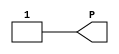

// See Xilinx UG953 and UG474 for a description of the cell types below.
// http://www.xilinx.com/support/documentation/user_guides/ug474_7Series_CLB.pdf
// http://www.xilinx.com/support/documentation/sw_manuals/xilinx2014_4/ug953-vivado-7series-libraries.pdf

module VCC(output P);
  assign P = 1;
endmodule

module GND(output G);
  assign G = 0;
endmodule

module IBUF(output O, input I);
  assign O = I;
endmodule

module OBUF(output O, input I);
  assign O = I;
endmodule

module BUFG(output O, input I);
  assign O = I;
endmodule

// module OBUFT(output O, input I, T);
//   assign O = T ? 1'bz : I;
// endmodule

// module IOBUF(inout IO, output O, input I, T);
//   assign O = IO, IO = T ? 1'bz : I;
// endmodule

module INV(output O, input I);
  assign O = !I;
endmodule

module LUT1(output O, input I0);
  parameter [1:0] INIT = 0;
  assign O = I0 ? INIT[1] : INIT[0];
endmodule

module LUT2(output O, input I0, I1);
  parameter [3:0] INIT = 0;
  wire [ 1: 0] s1 = I1 ? INIT[ 3: 2] : INIT[ 1: 0];
  assign O = I0 ? s1[1] : s1[0];
endmodule

module LUT3(output O, input I0, I1, I2);
  parameter [7:0] INIT = 0;
  wire [ 3: 0] s2 = I2 ? INIT[ 7: 4] : INIT[ 3: 0];
  wire [ 1: 0] s1 = I1 ?   s2[ 3: 2] :   s2[ 1: 0];
  assign O = I0 ? s1[1] : s1[0];
endmodule

module LUT4(output O, input I0, I1, I2, I3);
  parameter [15:0] INIT = 0;
  wire [ 7: 0] s3 = I3 ? INIT[15: 8] : INIT[ 7: 0];
  wire [ 3: 0] s2 = I2 ?   s3[ 7: 4] :   s3[ 3: 0];
  wire [ 1: 0] s1 = I1 ?   s2[ 3: 2] :   s2[ 1: 0];
  assign O = I0 ? s1[1] : s1[0];
endmodule

module LUT5(output O, input I0, I1, I2, I3, I4);
  parameter [31:0] INIT = 0;
  wire [15: 0] s4 = I4 ? INIT[31:16] : INIT[15: 0];
  wire [ 7: 0] s3 = I3 ?   s4[15: 8] :   s4[ 7: 0];
  wire [ 3: 0] s2 = I2 ?   s3[ 7: 4] :   s3[ 3: 0];
  wire [ 1: 0] s1 = I1 ?   s2[ 3: 2] :   s2[ 1: 0];
  assign O = I0 ? s1[1] : s1[0];
endmodule

module LUT6(output O, input I0, I1, I2, I3, I4, I5);
  parameter [63:0] INIT = 0;
  wire [31: 0] s5 = I5 ? INIT[63:32] : INIT[31: 0];
  wire [15: 0] s4 = I4 ?   s5[31:16] :   s5[15: 0];
  wire [ 7: 0] s3 = I3 ?   s4[15: 8] :   s4[ 7: 0];
  wire [ 3: 0] s2 = I2 ?   s3[ 7: 4] :   s3[ 3: 0];
  wire [ 1: 0] s1 = I1 ?   s2[ 3: 2] :   s2[ 1: 0];
  assign O = I0 ? s1[1] : s1[0];
endmodule

module MUXCY(output O, input CI, DI, S);
  assign O = S ? CI : DI;
endmodule

module MUXF7(output O, input I0, I1, S);
  assign O = S ? I1 : I0;
endmodule

module MUXF8(output O, input I0, I1, S);
  assign O = S ? I1 : I0;
endmodule

module XORCY(output O, input CI, LI);
  assign O = CI ^ LI;
endmodule

module CARRY4(output [3:0] CO, O, input CI, CYINIT, input [3:0] DI, S);
  assign O = S ^ {CO[2:0], CI | CYINIT};
  assign CO[0] = S[0] ? CI | CYINIT : DI[0];
  assign CO[1] = S[1] ? CO[0] : DI[1];
  assign CO[2] = S[2] ? CO[1] : DI[2];
  assign CO[3] = S[3] ? CO[2] : DI[3];
endmodule

module FDRE (output reg Q, input C, CE, D, R);
  parameter [0:0] INIT = 1'b0;
  parameter [0:0] IS_C_INVERTED = 1'b0;
  parameter [0:0] IS_D_INVERTED = 1'b0;
  parameter [0:0] IS_R_INVERTED = 1'b0;
  initial Q <= INIT;
  generate case (|IS_C_INVERTED)
    1'b0: always @(posedge C) if (R == !IS_R_INVERTED) Q <= 1'b0; else if (CE) Q <= D ^ IS_D_INVERTED;
    1'b1: always @(negedge C) if (R == !IS_R_INVERTED) Q <= 1'b0; else if (CE) Q <= D ^ IS_D_INVERTED;
  endcase endgenerate
endmodule

module FDSE (output reg Q, input C, CE, D, S);
  parameter [0:0] INIT = 1'b0;
  parameter [0:0] IS_C_INVERTED = 1'b0;
  parameter [0:0] IS_D_INVERTED = 1'b0;
  parameter [0:0] IS_S_INVERTED = 1'b0;
  initial Q <= INIT;
  generate case (|IS_C_INVERTED)
    1'b0: always @(posedge C) if (S == !IS_S_INVERTED) Q <= 1'b1; else if (CE) Q <= D ^ IS_D_INVERTED;
    1'b1: always @(negedge C) if (S == !IS_S_INVERTED) Q <= 1'b1; else if (CE) Q <= D ^ IS_D_INVERTED;
  endcase endgenerate
endmodule

module FDCE (output reg Q, input C, CE, D, CLR);
  parameter [0:0] INIT = 1'b0;
  parameter [0:0] IS_C_INVERTED = 1'b0;
  parameter [0:0] IS_D_INVERTED = 1'b0;
  parameter [0:0] IS_CLR_INVERTED = 1'b0;
  initial Q <= INIT;
  generate case ({|IS_C_INVERTED, |IS_CLR_INVERTED})
    2'b00: always @(posedge C, posedge CLR) if ( CLR) Q <= 1'b0; else if (CE) Q <= D ^ IS_D_INVERTED;
    2'b01: always @(posedge C, negedge CLR) if (!CLR) Q <= 1'b0; else if (CE) Q <= D ^ IS_D_INVERTED;
    2'b10: always @(negedge C, posedge CLR) if ( CLR) Q <= 1'b0; else if (CE) Q <= D ^ IS_D_INVERTED;
    2'b11: always @(negedge C, negedge CLR) if (!CLR) Q <= 1'b0; else if (CE) Q <= D ^ IS_D_INVERTED;
  endcase endgenerate
endmodule

module FDPE (output reg Q, input C, CE, D, PRE);
  parameter [0:0] INIT = 1'b0;
  parameter [0:0] IS_C_INVERTED = 1'b0;
  parameter [0:0] IS_D_INVERTED = 1'b0;
  parameter [0:0] IS_PRE_INVERTED = 1'b0;
  initial Q <= INIT;
  generate case ({|IS_C_INVERTED, |IS_PRE_INVERTED})
    2'b00: always @(posedge C, posedge PRE) if ( PRE) Q <= 1'b1; else if (CE) Q <= D ^ IS_D_INVERTED;
    2'b01: always @(posedge C, negedge PRE) if (!PRE) Q <= 1'b1; else if (CE) Q <= D ^ IS_D_INVERTED;
    2'b10: always @(negedge C, posedge PRE) if ( PRE) Q <= 1'b1; else if (CE) Q <= D ^ IS_D_INVERTED;
    2'b11: always @(negedge C, negedge PRE) if (!PRE) Q <= 1'b1; else if (CE) Q <= D ^ IS_D_INVERTED;
  endcase endgenerate
endmodule